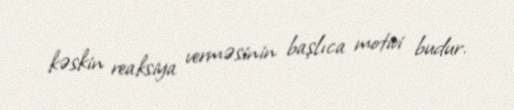
kəskin reaksiya verməsinin başlıca motivi budur.